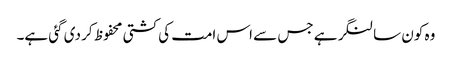
وہ کون سا لنگر ہے جس سے اس امت کی کشتی محفوظ کر دی گئی ہے۔